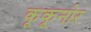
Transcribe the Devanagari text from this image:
कूकूनोर